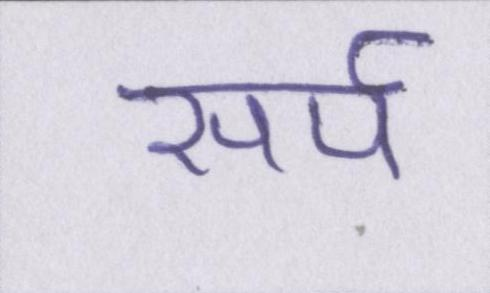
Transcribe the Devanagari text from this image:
सर्प